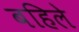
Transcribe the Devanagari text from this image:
बहिले